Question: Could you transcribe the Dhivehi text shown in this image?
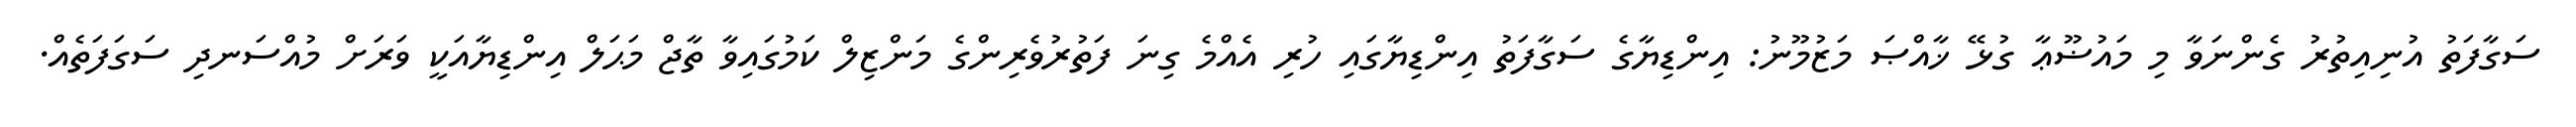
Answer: ސަގާފަތު އުނިއިތުރު ގެންނަވާ މި މައުޟޫޢާ ގުޅޭ ޚާއްޞަ މަޒުމޫނު: އިންޑިޔާގެ ސަގާފަތު އިންޑިޔާގައި ހުރި އެއްމެ ގިނަ ފަތުރުވެރިންގެ މަންޒިލް ކަމުގައިވާ ތާޖް މަޙަލް އިންޑިޔާއަކީ ވަރަށް މުއްސަނދި ސަގަފަތެއް.